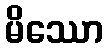
မိဿော